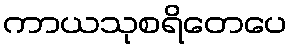
ကာယသုစရိတေပေ